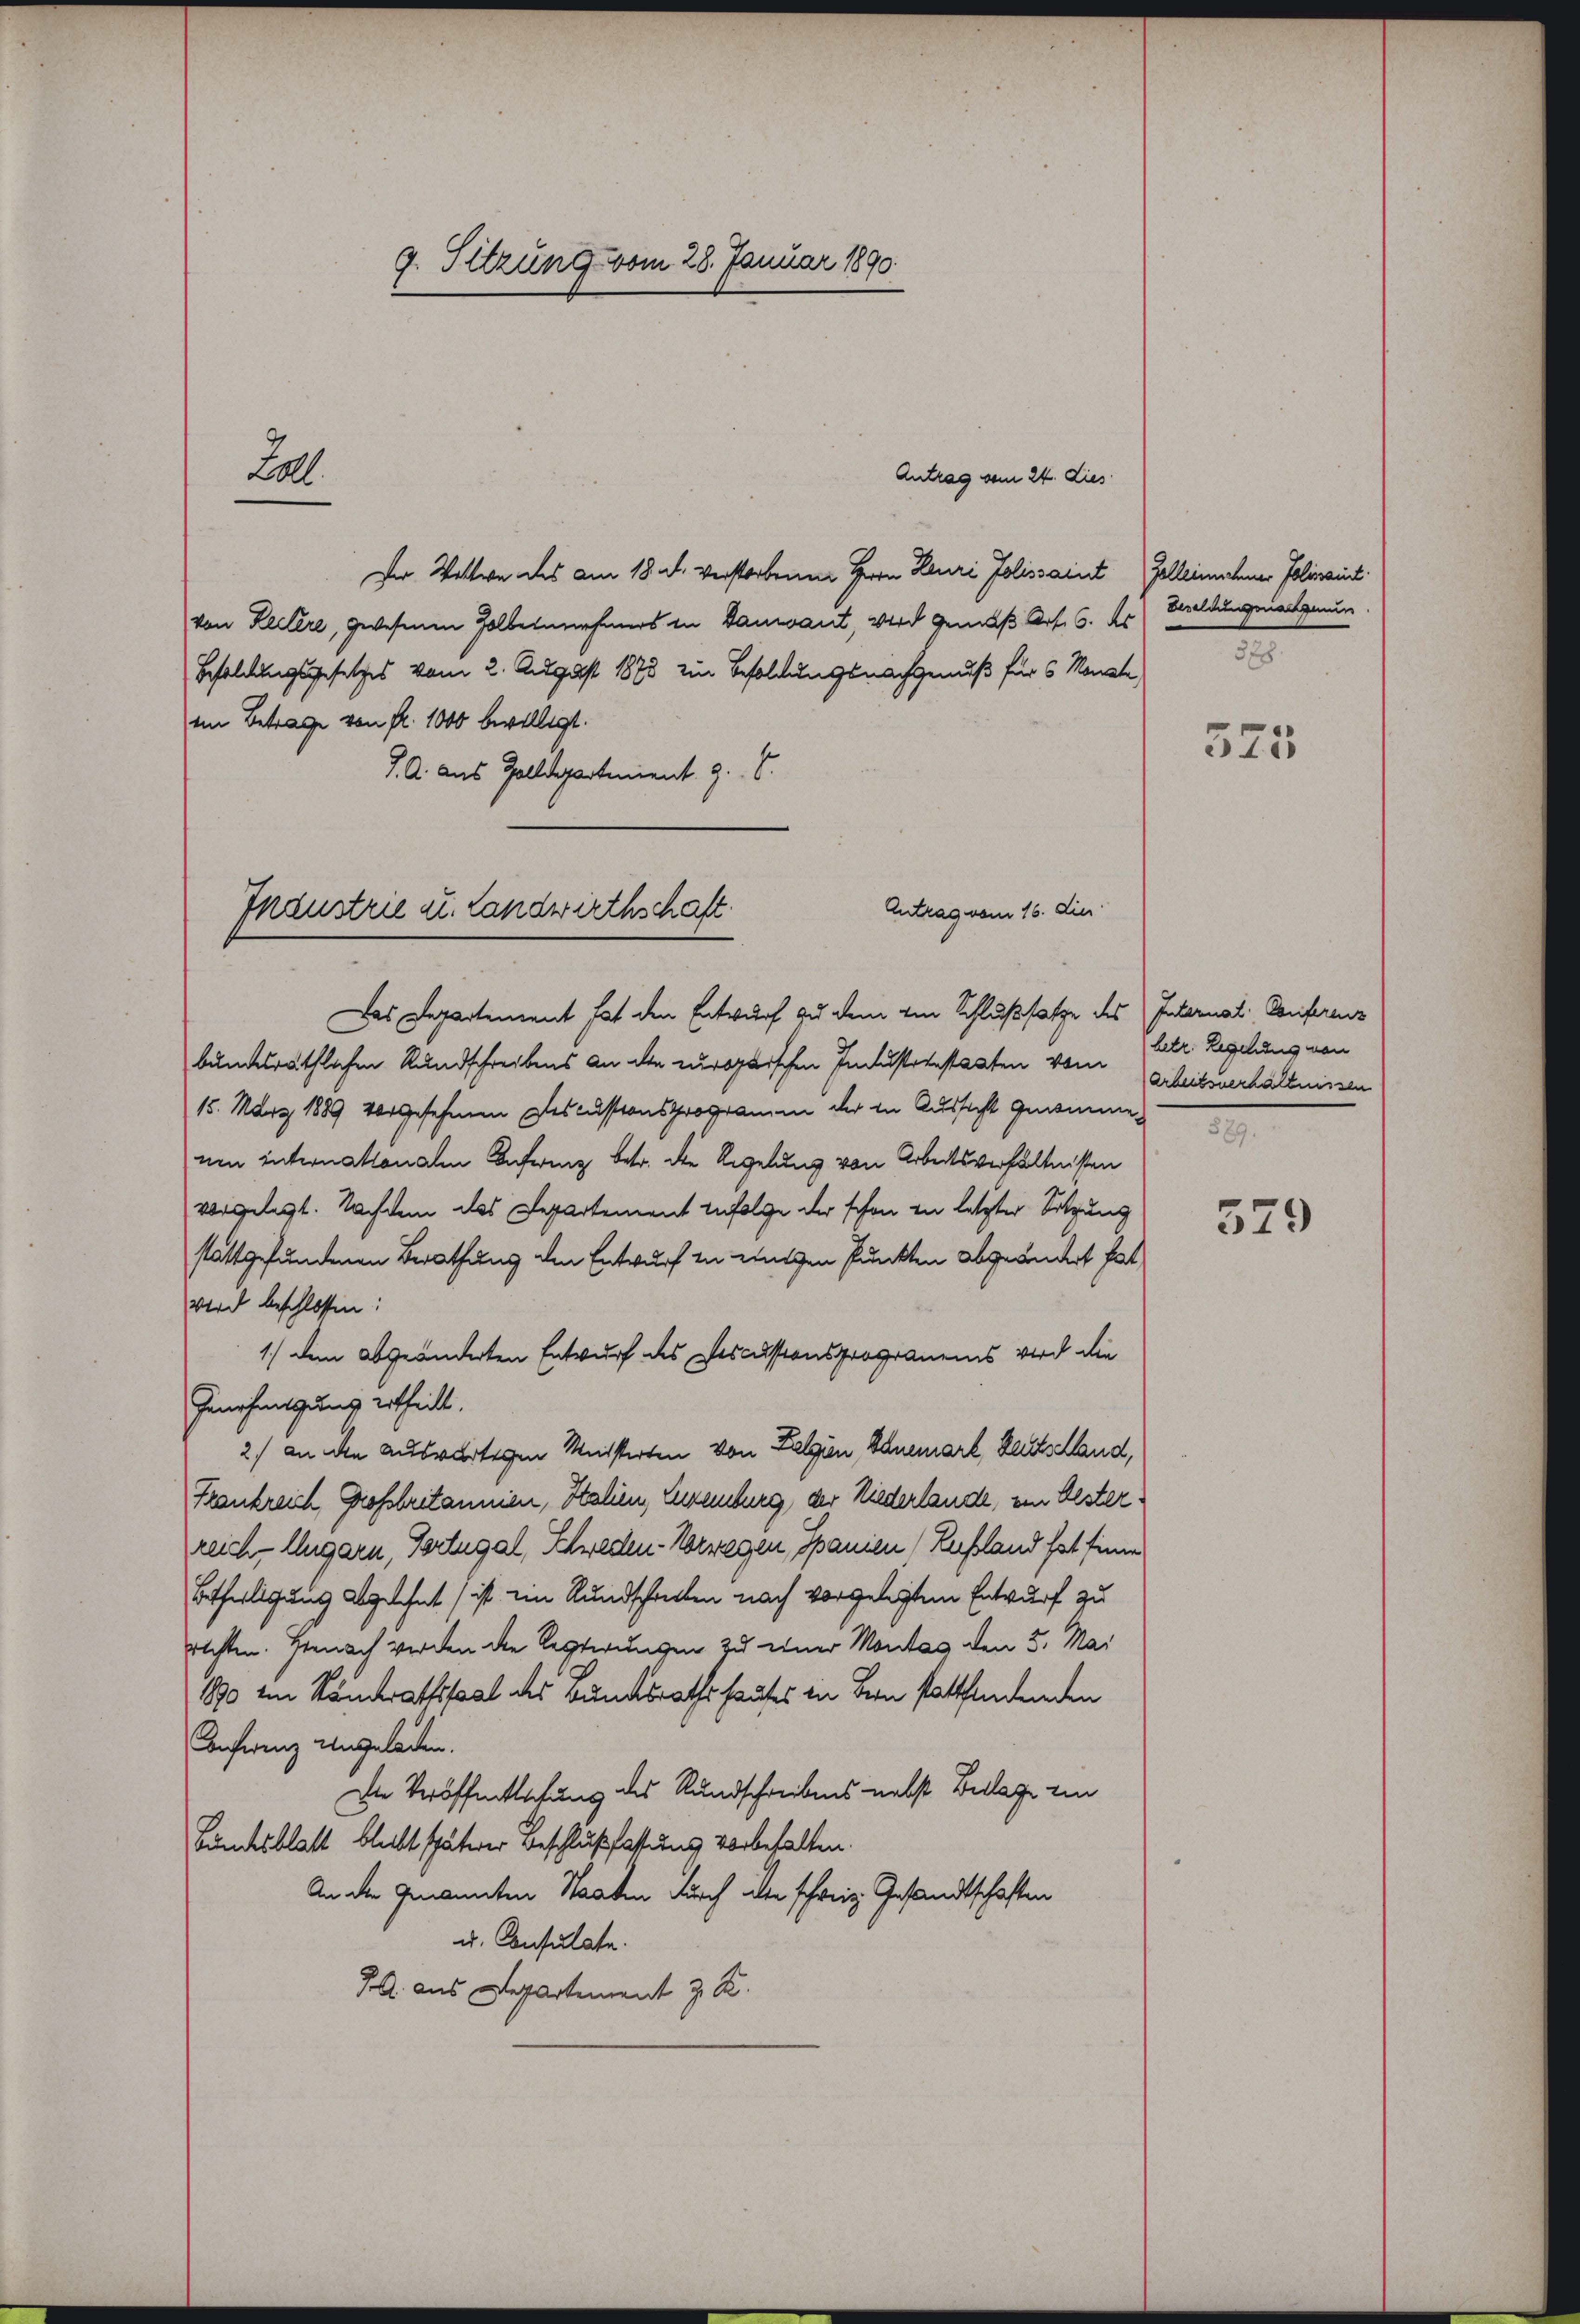
9. Sitzung vom 28. Januar 1890

Antrag vom 24. Dies
Der Wittwe des am 18. d. verstorbenen Herrn Reuri Jolissaint Gelleichner Poliraint
von Kellere, gewesenen Holbernehmers in Banant, wird gemäß Art. 6. ds
Besoldungsgesetzes vom 2. August 1873 zur Besoldungsnachgenuß für 6 Monate,
in Betrage von fl. 1000 bewilligt.
J. A. aus Zolldeparteient. g. T.

Lal.

Antrag vom 16. die
Inanstrie u. Landwirthschaft.

Das Departement hat den Entwurf zu dem von Schlußsatze des Internal-Conferenz
bundesräthlichen Rundschreibens an die europaischen Industriestaaten vom
15. März 1889 vorgesehenen Descussionsprogramen der in Aussicht genommenen internationalen Inferenz betr. die Regelung von Arbeitsverhältnissen
vorgelegt. Nachdem das Departement infolge der schon in letzter Sitzung
stattgefundenen Berathung den Entwurf zu einigen Punkten abgeändert hat
Wird beschlossen:
1.) Dem abgeänderten Entwurf des Descussionsprograuens wird die
Genehmigung ertheilt.
2) an die auswärtigen Meisterten von Kalgien, Bahnemark, Baselland,
Frankreich Großbritannien, Italien, Euremburg, der Niederlande, ein Oester.
reich-Ungarn, Tortegal, Schreden-Verwegen, Spanien (Rebland hat sinne
Betheiligung abgelehnt ist im Rundschanken nach vorgelegten Entwurf zu
richten. Hienach werdende Resterungen zu einer Montag den 3. Mai
1890 ein Ständerathssaal des Bundesrathshauses in Bern stattfindenden
Conferenz angeladen.
Die Veröffentlichung des Rundschreibens nebst Beklage ein
Bundesblatt bleibt späterer Beschlußfassung vorbehalten.
An der Genannten Staaten durch alte schweiz. Gesandtschaften
u. Consulate.
G. aus Departement z. R.

Besoldung nachgen
378.

375

betr. Regelung von
Arbeitsverhältnissen
589.

579